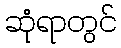
ဆုံရာတွင်